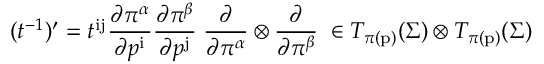
( t ^ { - 1 } ) ^ { \prime } = t ^ { \mathrm { i j } } { \frac { \partial \pi ^ { \alpha } } { \partial p ^ { \mathrm { i } } } } { \frac { \partial \pi ^ { \beta } } { \partial p ^ { \mathrm { j } } } } \; { \frac { \partial } { \partial \pi ^ { \alpha } } } \otimes { \frac { \partial } { \partial \pi ^ { \beta } } } \; \in T _ { \pi ( \mathrm { p } ) } ( \Sigma ) \otimes T _ { \pi ( \mathrm { p } ) } ( \Sigma )